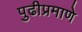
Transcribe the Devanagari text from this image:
पुढीप्रमाणे